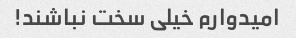
امیدوارم خیلی سخت نباشند!